画像に写った文字を読んでください
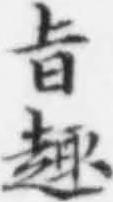
「㫖趣」と書いてあります